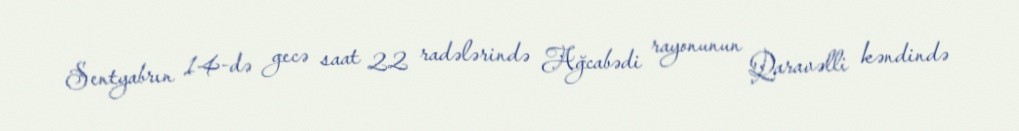
Sentyabrın 14-də gecə saat 22 radələrində Ağcabədi rayonunun Qaravəlli kəndində